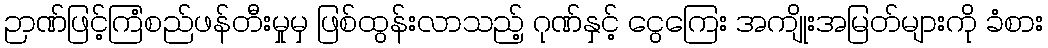
ဉာဏ်ဖြင့်ကြံစည်ဖန်တီးမှုမှ ဖြစ်ထွန်းလာသည့် ဂုဏ်နှင့် ငွေကြေး အကျိုးအမြတ်များကို ခံစား